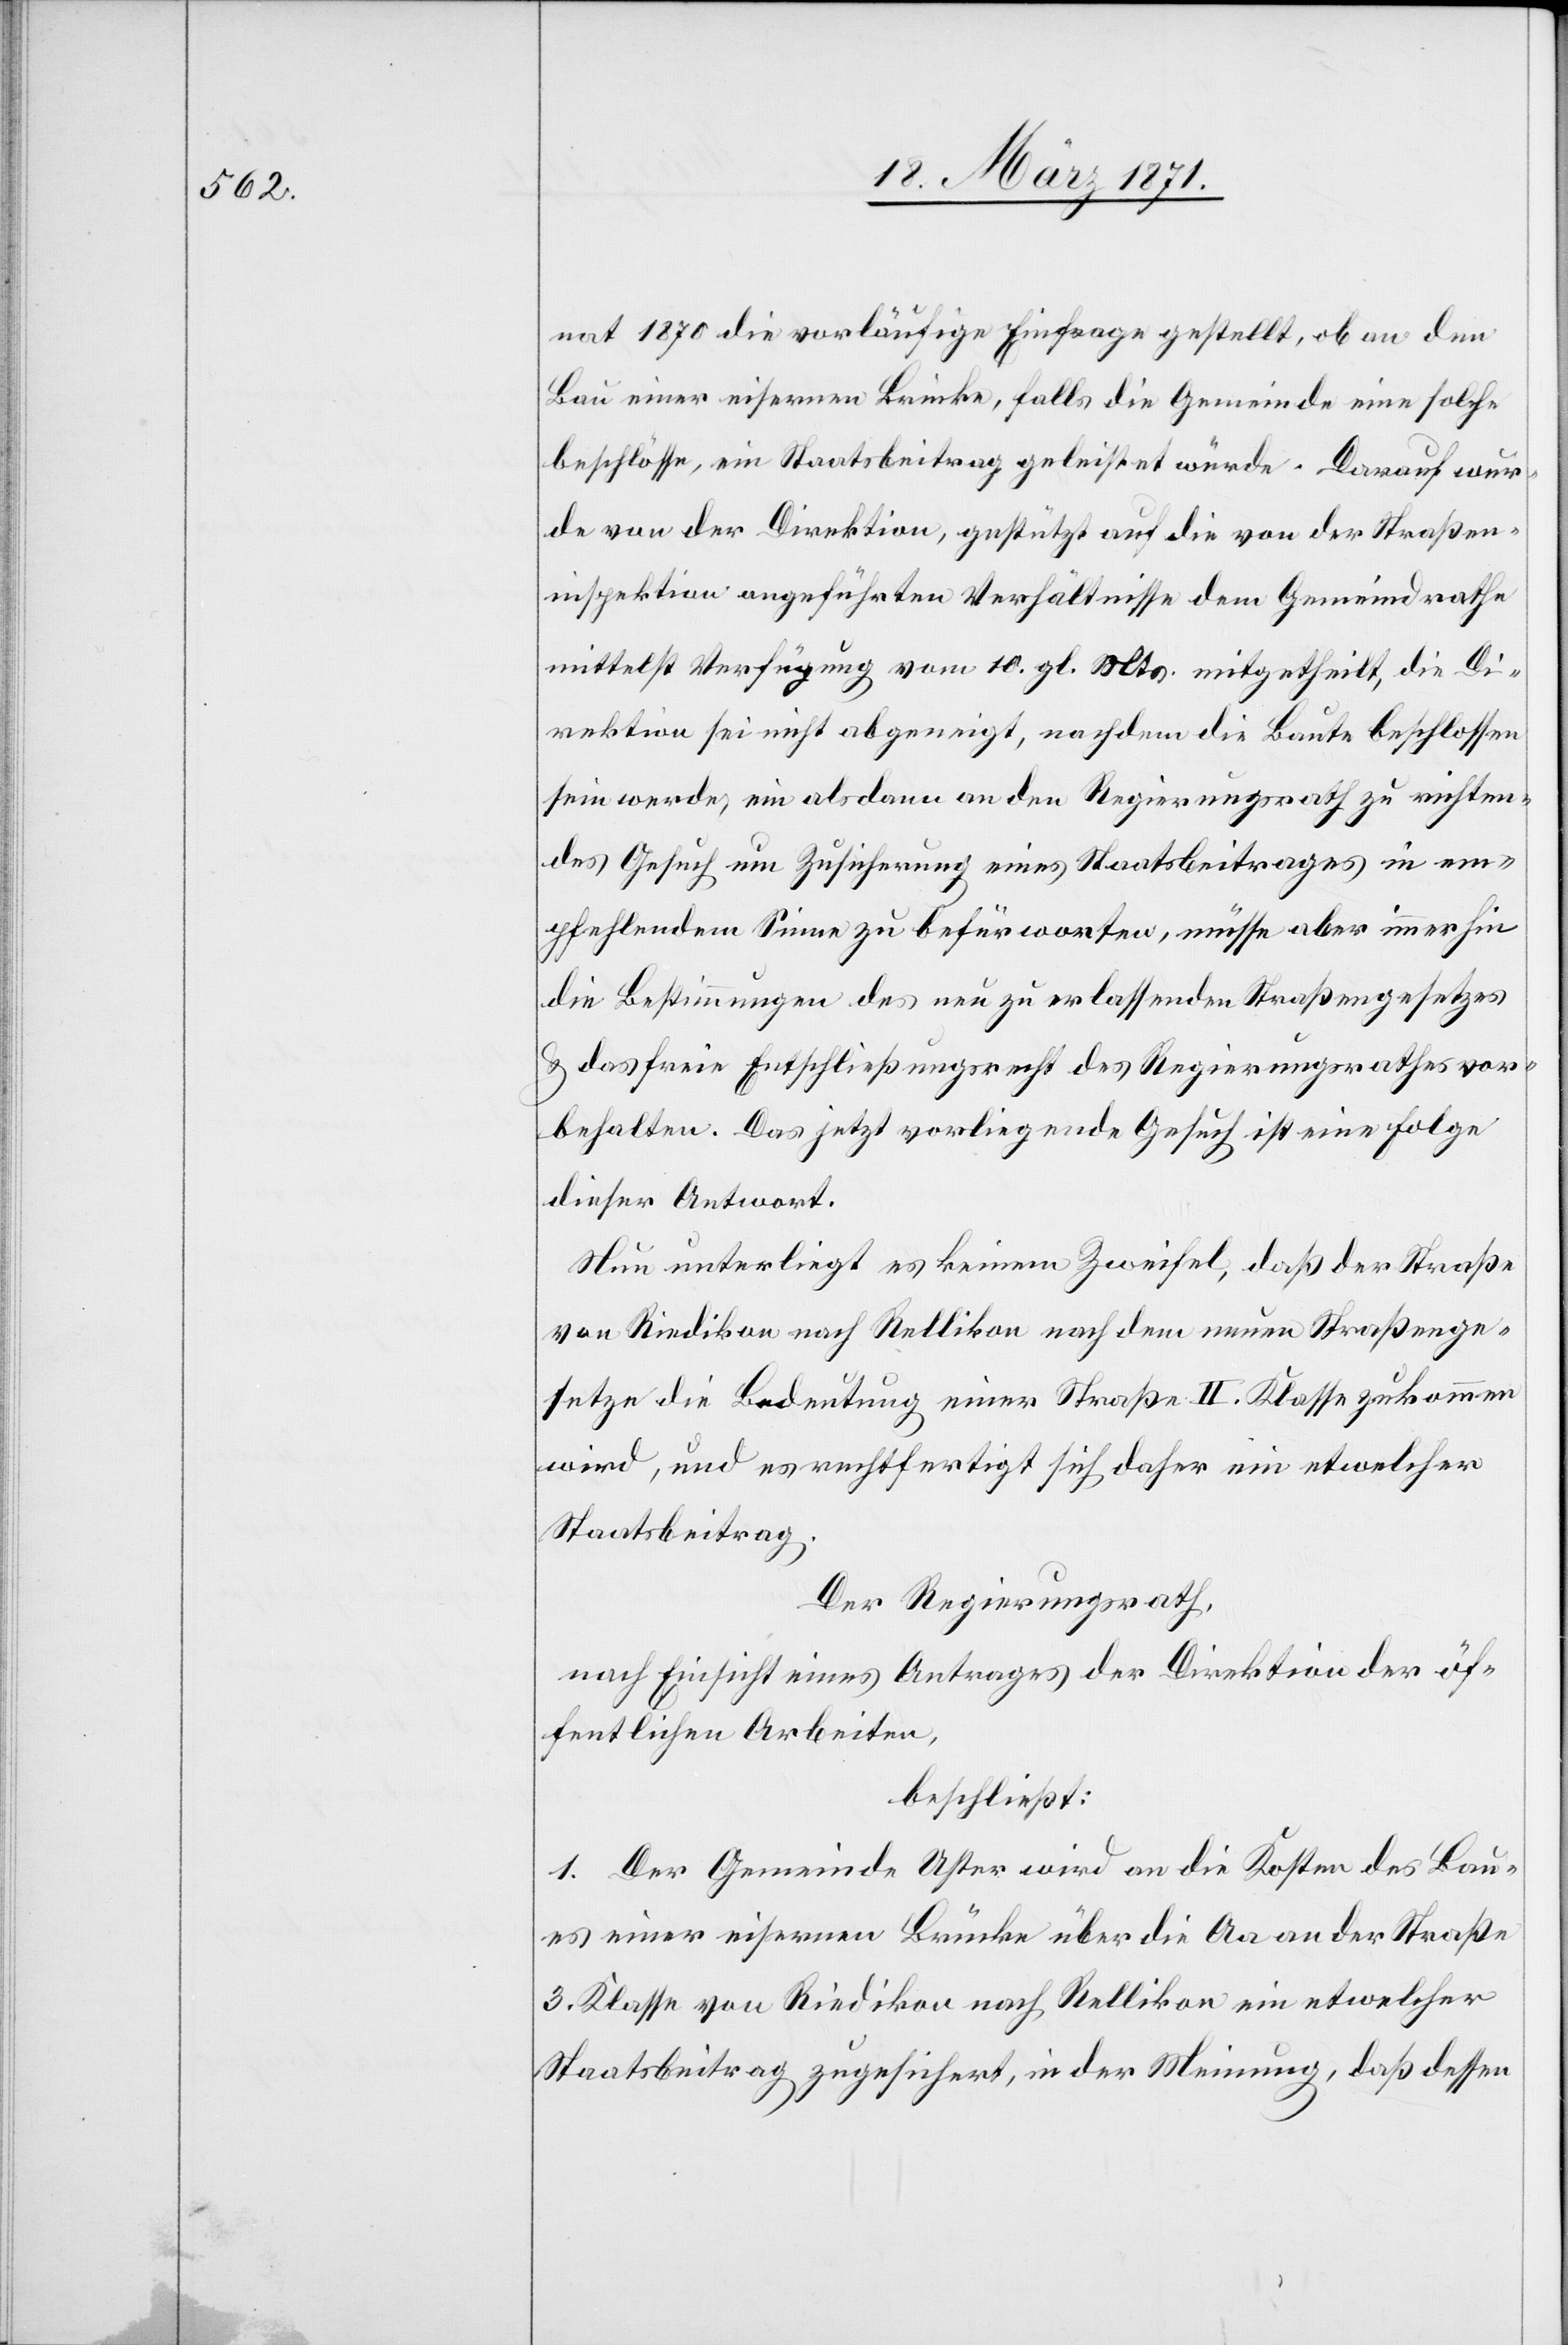
nat 1870 die vorläufige Einfrage gestellt, ob an den
Bau einer eisernen Brücke, falls die Gemeinde eine solche
beschlösse, ein Staatsbeitrag geleistet würde. Darauf wur¬
de von der Direktion, gestützt auf die von der Straßen¬
inspektion angeführten Verhältnisse dem Gemeindrathe
mittelst Verfügung vom 10. gl. Mts. mitgetheilt, die Di¬
rektion sei nicht abgeneigt, nachdem die Baute beschlossen
sein werde, ein als dann an den Regierungsrath zu richten¬
des Gesuch um Zusicherung eines Staatsbeitrages in em¬
pfehlendem Sinne zu befürworten, müsse aber immerhin
die Bestimmung des neu zu erlassenden Straßengesetzes
u. das freie Entschließungsrecht des Regierungsrathes vor¬
behalten. Das jetzt vorliegende Gesuch ist eine Folge
dieser Antwort.
Nun unterliegt es keinem Zweifel, daß der Straße
von Riedikon nach Rellikon nach dem neuen Straßenge¬
setzte die Bedeutung einer Straße II. Klasse zukommen
wird, und es rechtfertigt sich daher ein etwelcher
Staatsbeitrag.
Der Regierungsrath,
nach Einsicht eines Antrages der Direktion der öf¬
fentlichen Arbeiten,
beschließt:
1. Der Gemeinde Uster wird an die Kosten des Bau¬
es einer eisernen Brücke über die Aa an der Straße
3. Klasse von Riedikon nach Rellikon ein etwelcher
Staatsbeitrag zugesichert, in der Meinung, daß dessen